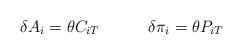
LaTeX: \begin{align*}\delta A_i = \theta C_{iT} \quad \qquad\delta \pi_i = \theta P_{iT}\end{align*}